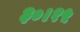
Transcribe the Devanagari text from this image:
३०।१५